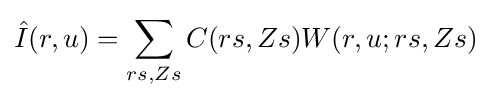
{\hat {I}}(r,u)=\sum _{rs,Zs}C(rs,Zs)W(r,u;rs,Zs)